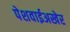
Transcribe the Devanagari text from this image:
पेशवाईअखेर